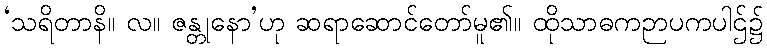
‘သရိတာနိ။ လ။ ဇန္တုနော’ဟု ဆရာဆောင်တော်မူ၏။ ထိုသာဓကဉာပကပါဌ်၌